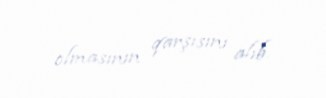
olmasının qarşısını alıb.